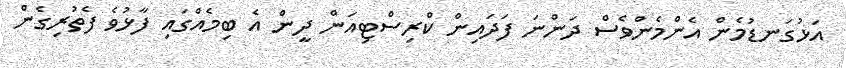
އަޅުގަނޑުމެން އެންމެންވެސް ދަންނަ ފަދައިން ކްރިސްޓިއަން ދީން އެ ބިމެއްގައި ފާޅުވެ ފެތުރިގެން